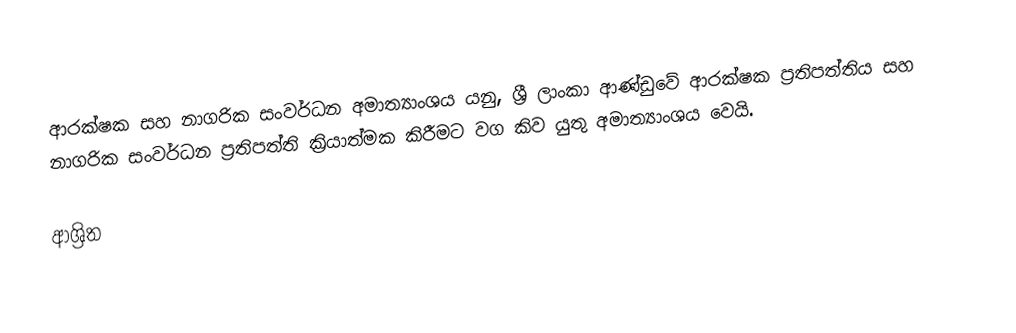
ආරක්ෂක සහ නාගරික සංවර්ධන අමාත්‍යාංශය යනු, ශ්‍රී ලාංකා ආණ්ඩුවේ ආරක්ෂක ප්‍රතිපත්තිය සහ නාගරික සංවර්ධන ප්‍රතිපත්ති ක්‍රියාත්මක කිරීමට වග කිව යුතු අමාත්‍යාංශය වෙයි.

ආශ්‍රිත